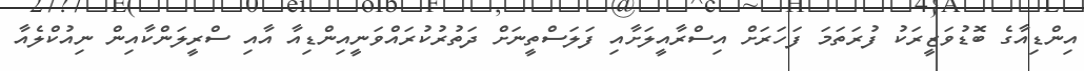
އިންޑިއާގެ ބޮޑުވަޒީރަކު ފުރަތަމަ ފަހަރަށް އިސްރާއީލަށާއި ފަލަސްތީނަށް ދަތުރުކުރައްވަނީއިންޑިއާ އާއި ސްރީލަންކާއިން ނިއުކްލެއާ